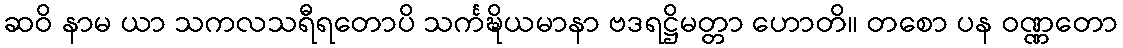
ဆဝိ နာမ ယာ သကလသရီရတောပိ သင်္ကဍ္ဎိယမာနာ ဗဒရဋ္ဌိမတ္တာ ဟောတိ။ တစော ပန ဝဏ္ဏတော